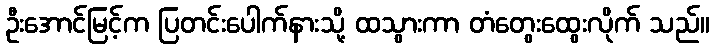
ဦးအောင်မြင့်က ပြတင်းပေါက်နားသို့ ထသွားကာ တံတွေးထွေးလိုက် သည်။